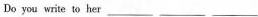
Do you write to her ___ ___ ___